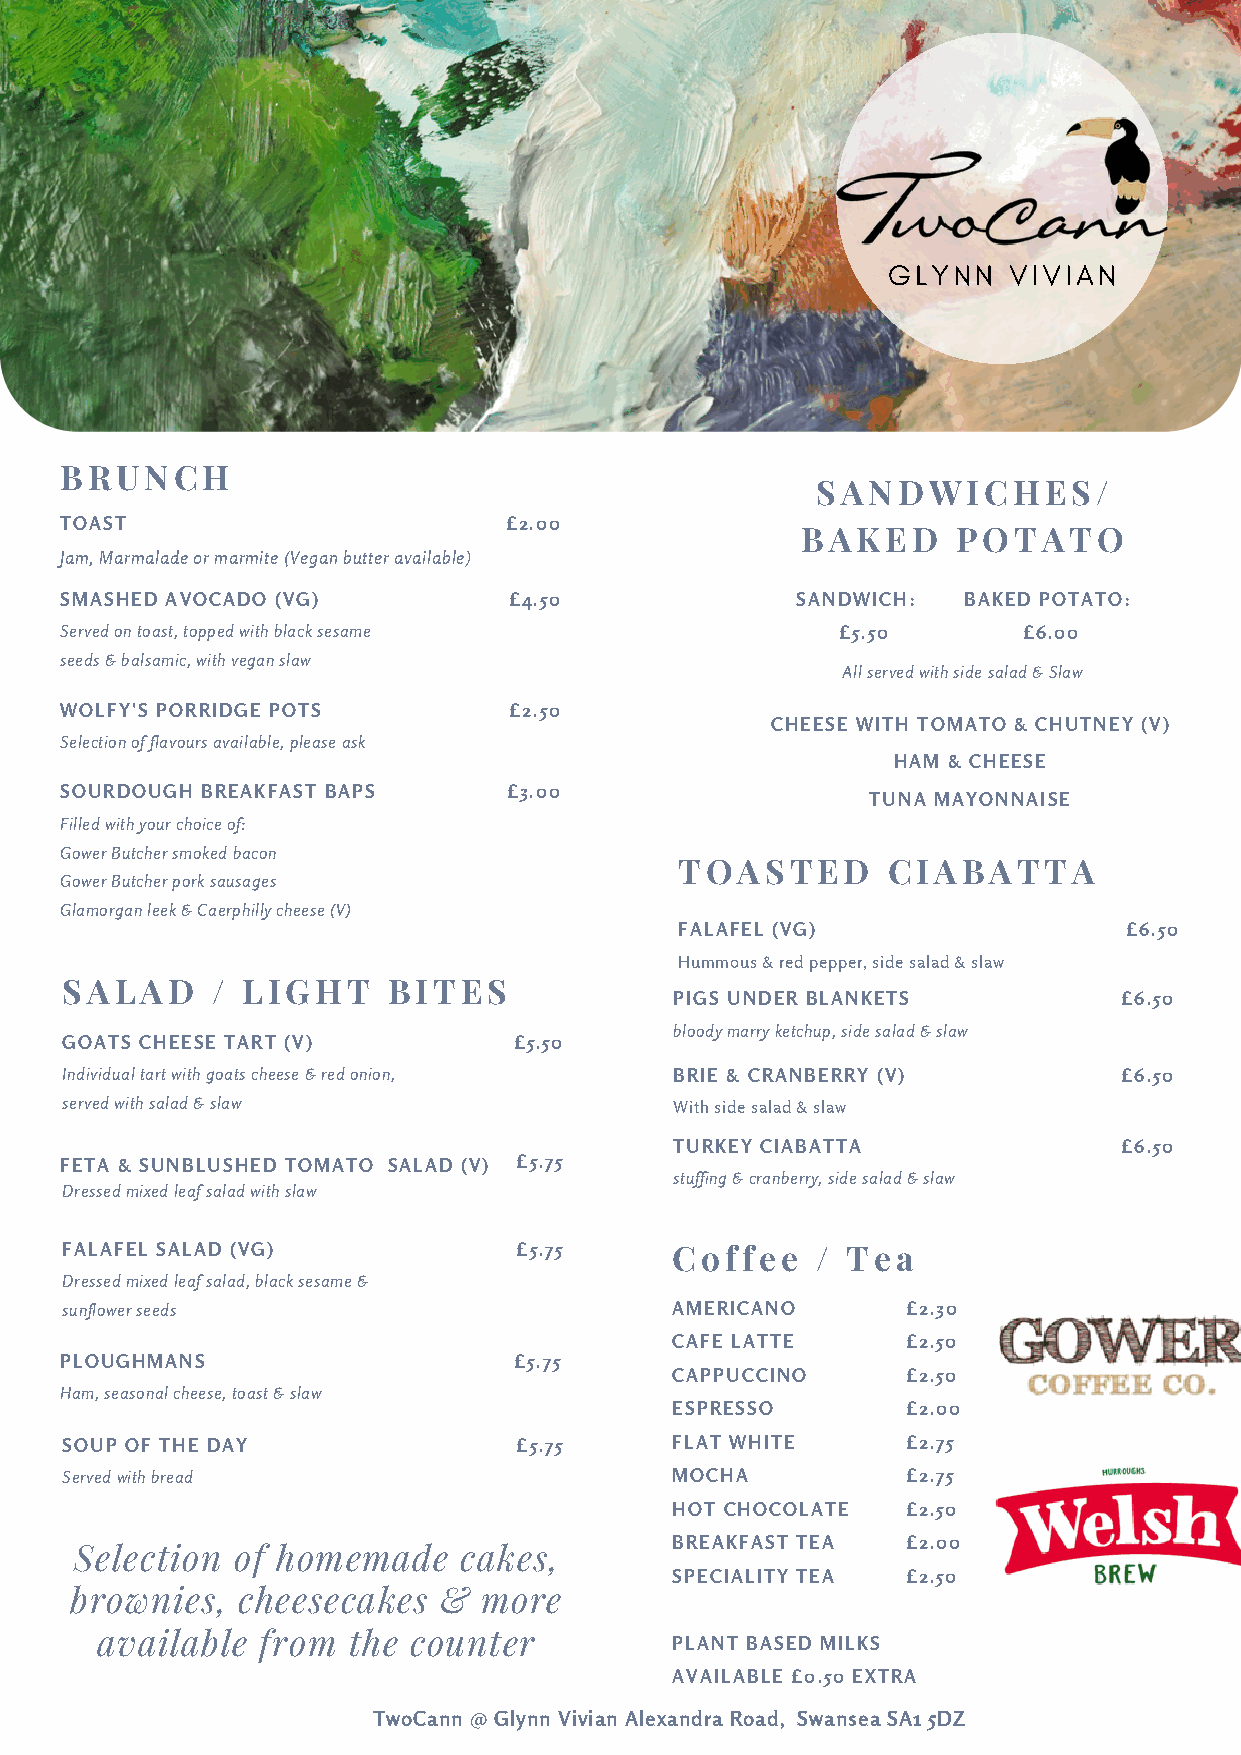
GLYNN   VIVIAN
 BRUNCH
 SANDWICHES/
 TOAST                        £2.00
 BAKED     POTATO
 Jam, Marmalade or marmite (Vegan butter available)
 SMASHED AVOCADO (VG)          £4.50              SANDWICH:  BAKED POTATO:
 Served on toast, topped with black sesame           £5.50       £6.00
 seeds & balsamic, with vegan slaw
 All served with side salad & Slaw
 WOLFY'S PORRIDGE POTS         £2.50
 CHEESE WITH TOMATO & CHUTNEY (V)
 Selection of flavours available, please ask
 HAM & CHEESE
 SOURDOUGH BREAKFAST BAPS      £3.00
 TUNA MAYONNAISE
 Filled with your choice of:
 Gower Butcher smoked bacon
 TOASTED       CIABATTA
 Gower Butcher pork sausages
 Glamorgan leek & Caerphilly cheese (V)
 FALAFEL (VG)                  £6.50
 Hummous & red pepper, side salad & slaw
 SALAD     / LIGHT     BITES
 PIGS UNDER BLANKETS          £6.50
 bloody marry ketchup, side salad & slaw
 GOATS CHEESE TART (V)         £5.50
 Individual tart with goats cheese & red onion, BRIE & CRANBERRY (V)   £6.50
 served with salad & slaw                 With side salad & slaw
 TURKEY CIABATTA              £6.50
 FETA & SUNBLUSHED TOMATO SALAD (V) £5.75
 stuffing & cranberry, side salad & slaw
 Dressed mixed leaf salad with slaw
 FALAFEL SALAD (VG)            £5.75      Coffee   / Tea
 Dressed mixed leaf salad, black sesame &
 sunflower seeds                          AMERICANO      £2.30
 CAFE LATTE     £2.50
 PLOUGHMANS                    £5.75
 CAPPUCCINO     £2.50
 Ham, seasonal cheese, toast & slaw
 ESPRESSO       £2.00
 SOUP OF THE DAY               £5.75      FLAT WHITE     £2.75
 Served with bread                        MOCHA          £2.75
 HOT CHOCOLATE  £2.50
 BREAKFAST TEA  £2.00
 Selection of homemade    cakes,
 SPECIALITY TEA £2.50
 brownies,  cheesecakes  &  more
 available  from  the counter           PLANT BASED MILKS
 AVAILABLE £0.50 EXTRA
 TwoCann @ Glynn Vivian Alexandra Road, Swansea SA1 5DZ